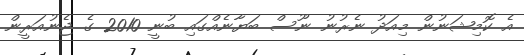
އެ ކޮމިޝަނުން މިއަދު ނެރުނު ނޫސް ބަޔާނެއްގައި ބުނީ 2010 ގެ ޖެނުއަރީން